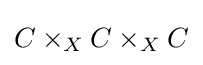
C\times _{X}C\times _{X}C